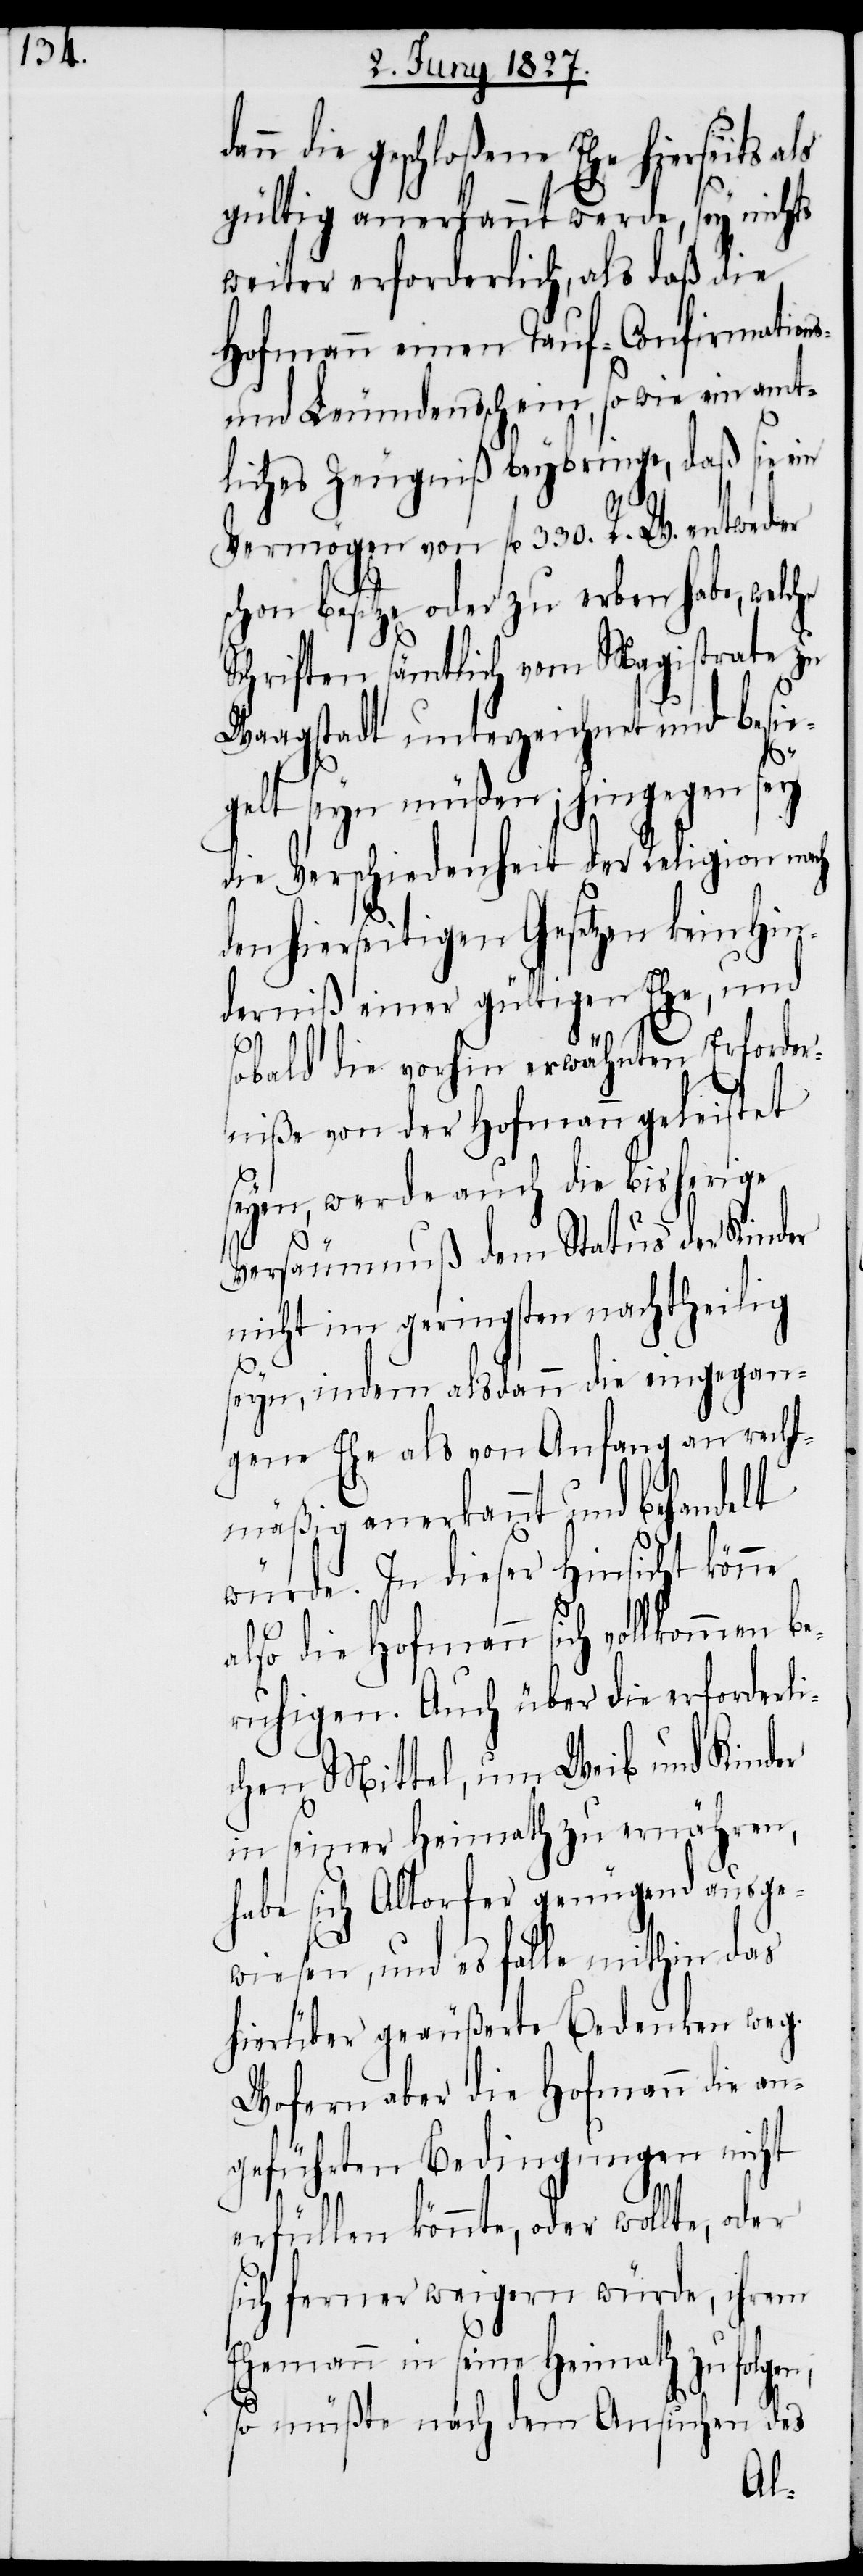
die geschloßene Ehe hierseits
gültig anerkannt werde, sey nichts
weiter erforderlich, als daß die
Hofmann einen Tauf- Confirmations-
und Leumdenschein, so wie ein amt¬
liches Zeugniß beybringe, daß sie ein
Vermögen von fl. 330. R. W. entweder
schon besitze oder zu erben habe, welch¬
Schriften sämtlich vom Magistrate zu
Waagstadt unterzeichnet und besie¬
gelt seyn müßen; hingegen sey
die Verschiedenheit der Religion nach
den hierseitigen Gesetzen kein Hin¬
derniß einer gültigen Ehe, und
er
sobald die vorhin erwähnten Erforder¬
niße von der Hofmann geleistet
seyen, werde auch die bisherige
Versäumnuß dem Status der Kinder
nicht im geringsten nachtheilig
seyn, indem alsdann die eingegan¬
gene Ehe als von Anfang an recht¬
mäßig anerkannt und behandelt
würde. In dieser Hinsicht könne
also die Hofmann sich vollkommen be¬
ruhigen. Auch über die erforderli¬
chen Mittel, um Weib und Kinder
in seiner Heimath zu ernähren,
habe sich Altorfer genügend ausge¬
wiesen, und es falle mithin das
hierüber geäußerte Bedenken weg.
Wofern aber die Hofmann die an¬
geführten Bedingungen nicht
erfüllen könnte, oder wollte, oder
sich ferner weigern würde, ihrem
Ehemann in seine Heimath zu folgen;
so müßte nach dem Ansuchen des